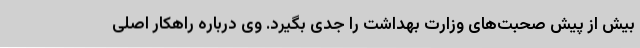
بیش از پیش صحبت‌های وزارت بهداشت را جدی بگیرد. وی درباره راهکار اصلی